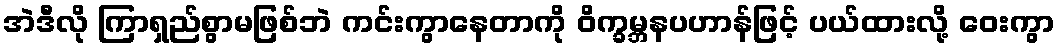
အဲဒီလို ကြာရှည်စွာမဖြစ်ဘဲ ကင်းကွာနေတာကို ဝိက္ခမ္ဘနပဟာန်ဖြင့် ပယ်ထားလို့ ဝေးကွာ